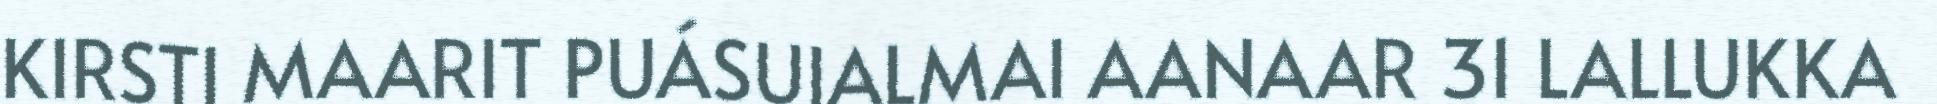
KIRSTI MAARIT PUÁSUIALMAI AANAAR 31 LALLUKKA